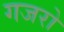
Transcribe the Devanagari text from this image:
गजरो